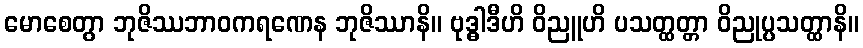
မောစေတွာ ဘုဇိဿဘာဝကရဏေန ဘုဇိဿာနိ။ ဗုဒ္ဓါဒီဟိ ဝိညူဟိ ပသတ္ထတ္တာ ဝိညုပ္ပသတ္ထာနိ။